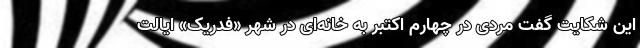
این شکایت گفت مردی در چهارم اکتبر به خانه‌ای در شهر «فدریک» ایالت